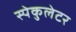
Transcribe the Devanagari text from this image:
स्पेकुलेटर